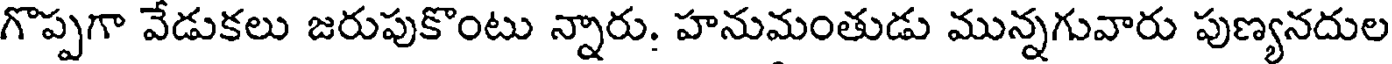
గొప్పగా వేడుకలు జరుపుకొంటు న్నారు. హనుమంతుడు మున్నగువారు పుణ్యనదుల